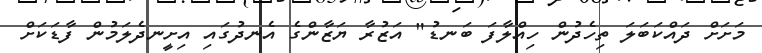
މަށަށް ދައްކަބަލަ ތިހެދުން ހިއްލާފަ ބަނޑު" އަޒުރާ ޔަޒާންގެ އެނދުގައި އިށީނދެލަމުން ފާޑަކަށް